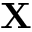
\mathbf { X }